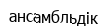
ансамбльдік